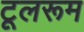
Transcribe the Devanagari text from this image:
टूलरूम